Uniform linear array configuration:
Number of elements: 48
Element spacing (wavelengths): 0.25
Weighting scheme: kaiser
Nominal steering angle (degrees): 60
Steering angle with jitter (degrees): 58.356
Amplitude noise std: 0.05
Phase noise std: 0.05

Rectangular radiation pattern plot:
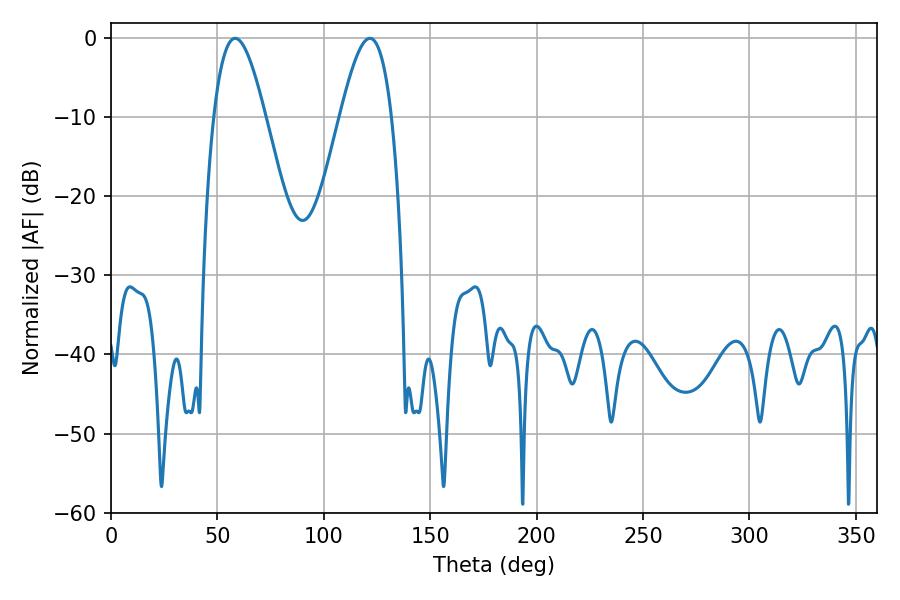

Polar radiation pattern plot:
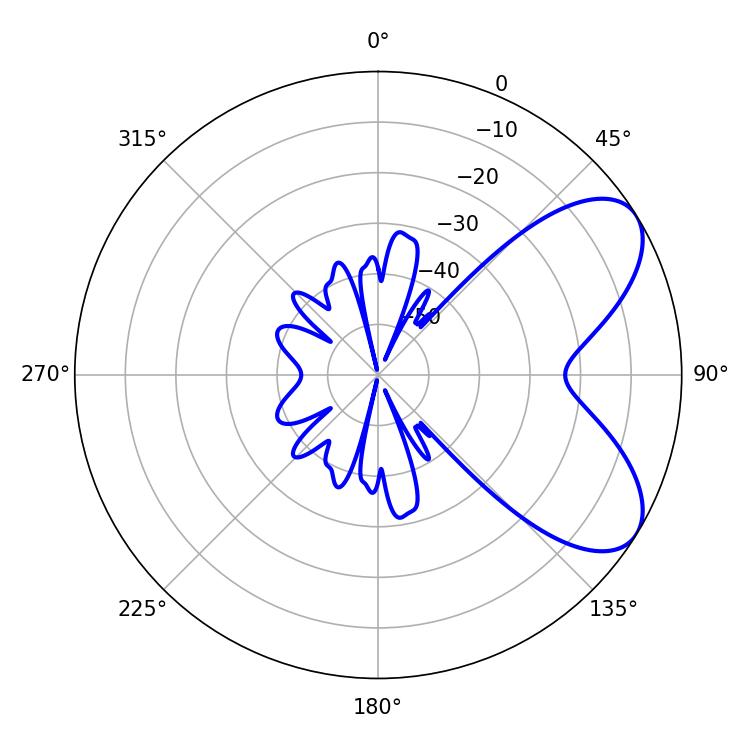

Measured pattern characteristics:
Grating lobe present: FALSE
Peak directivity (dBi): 6.674
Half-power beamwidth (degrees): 13.14
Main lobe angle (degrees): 58.32